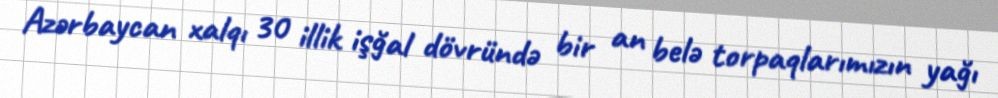
Azərbaycan xalqı 30 illik işğal dövründə bir an belə torpaqlarımızın yağı